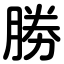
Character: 勝